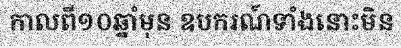
កាលពី១០ឆ្នាំមុន ឧបករណ៍ទាំងនោះមិន